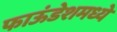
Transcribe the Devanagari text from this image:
फाऊंडेशमध्ये